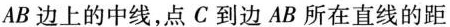
AB边上的中线，点C到边AB所在直线的距